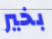
بخير